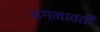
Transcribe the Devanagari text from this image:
अग्नावती